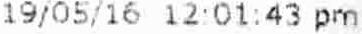
19/05/16 12:01:43 PM